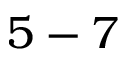
5 - 7